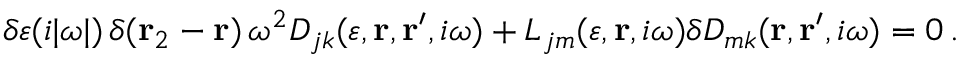
\delta \varepsilon ( i | \omega | ) \, \delta ( { \bf r } _ { 2 } - { \bf r } ) \, \omega ^ { 2 } D _ { j k } ( \varepsilon , { \bf r } , { \bf r } ^ { \prime } , i \omega ) + L _ { j m } ( \varepsilon , { \bf r } , i \omega ) \delta D _ { m k } ( { \bf r } , { \bf r } ^ { \prime } , i \omega ) = 0 \, .